On the action of the venoms of the cobra (Naja tripudians) and of the daboia (Daboia russellii) on the red blood corpuscles and on the blood plasma - Number 4
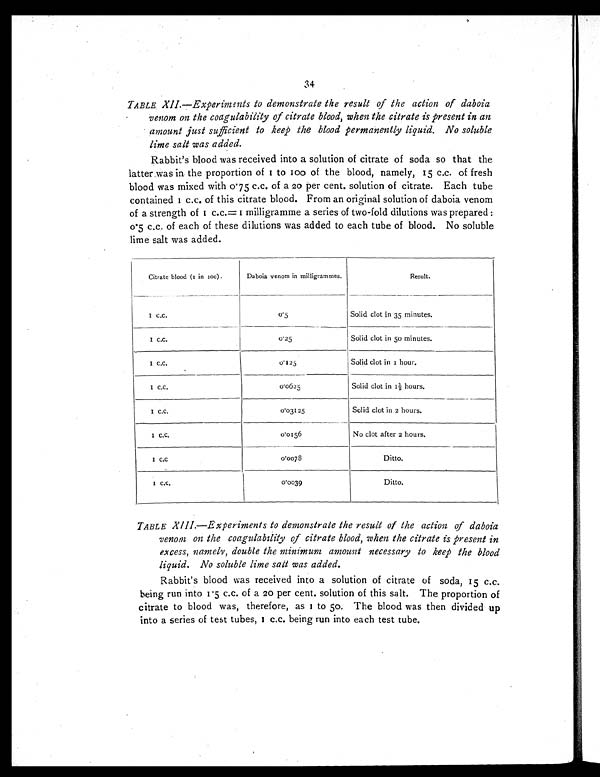
34
TABLE XII.—Experiments to demonstrate the result of the action of daboia
venom on the coagulability of citrate blood, when the citrate is present in an
amount just sufficient to keep the blood permanently liquid. No soluble
lime salt was added.
Rabbit's blood was received into a solution of citrate of soda so that the
latter was in the proportion of 1 to 100 of the blood, namely, 15 c.c. of fresh
blood was mixed with 0.75 c.c. of a 20 per cent. solution of citrate. Each tube
c o n t a i n e d 1 c . c . o f t h i s c i t r a t e b l o o d . F r o m a n o r i g i n a l s o l u t i o n o f d a b o i a v e n o m
o f a s t r e n g t h o f 1 c . c . = 1 mi l l i g r a mme a s e r i e s o f t wo - f o l d d i l u t i o n s wa s p r e p a r e d :
0.5 c.c. of each of these dilutions was added to each tube of blood. No soluble
lime salt was added.
Citrate blood (1 in 100).
Daboia venom in milligrammes.
Result.
1 c.c.
0 . 5 Solid clot in 35 minutes.
1 c.c.
0 . 2 5 Solid clot in 5o minutes.
1 c.c.
0 . 1 2 5 Solid clot in 1 hour.
1 c.c.
0 . 0 6 2 5 Solid clot in 1½ hours.
1 c.c.
0.03125
Solid clot in 2 hours.
1 c.c.
0 . 0 1 5 6 No clot after 2 hours.
1 c.c
0 . 0 0 7 8
Ditto.
1 c.c.
0 . 0 0 3 9
Ditto.
TABLE XIII—Experiments to demonstrate the result of the action of daboia
venom on the coagulability of citrate blood, when the citrate is present in
excess, namely, double the minimum amount necessary to keep the blood
liquid. No soluble lime salt was added.
Rabbit's blood was received into a solution of citrate of soda, 15 c.c.
being run into 1.5 c.c. of a 20 per cent. solution of this salt. The proportion of
citrate to blood was, therefore, as 1 to 50. The blood was then divided up
into a series of test tubes, 1 c.c. being run into each test tube.